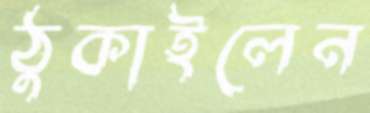
ঠুকাইলেন